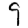
Digit: 9